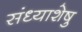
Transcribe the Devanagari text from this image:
संध्याशेषु